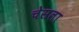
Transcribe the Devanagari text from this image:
चेसला